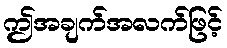
ဤအချက်အလက်ဖြင့်